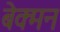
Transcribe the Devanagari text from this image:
बेक्मन